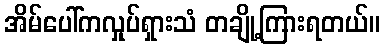
အိမ်ပေါ်ကလှုပ်ရှားသံ တချို့ကြားရတယ်။